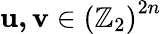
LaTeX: \mathbf{u,v}\in\left(\mathbb{Z}_{2}\right)^{2n}